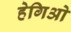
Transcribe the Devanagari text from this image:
हेगिओ